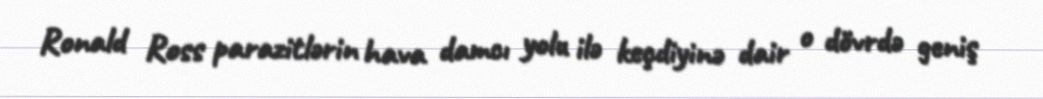
Ronald Ross parazitlərin hava damcı yolu ilə keçdiyinə dair o dövrdə geniş